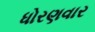
ધોરણવાર